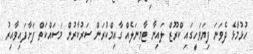
ހުޅުމާޅެ ދެވަނަ ފިޔަވަހީގައި ކްރޫޒް ލައިނާ ޓާމިނަލެއް ގާއިމްކުރަން ސަރުކާރުން މަސައްކަތް ފަށާފައިވާއިރު